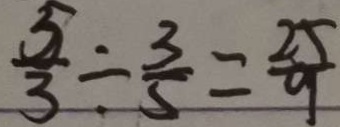
\frac { 5 } { 3 } \div \frac { 3 } { 5 } = \frac { 2 5 } { 9 }